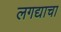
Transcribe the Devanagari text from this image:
लगद्याचा